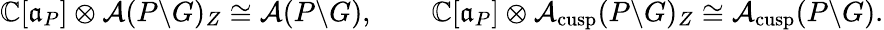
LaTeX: \begin{array}{r}{\mathbb{C}[\mathfrak{a}_{P}]\otimes\mathcal{A}(P\backslash G)_{Z}\cong\mathcal{A}(P\backslash G),\qquad\mathbb{C}[\mathfrak{a}_{P}]\otimes\mathcal{A}_{\mathrm{cusp}}(P\backslash G)_{Z}\cong\mathcal{A}_{\mathrm{cusp}}(P\backslash G).}\end{array}